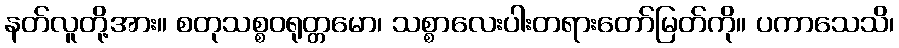
နတ်လူတို့အား။ စတုသစ္စဝရုတ္တမော၊ သစ္စာလေးပါးတရားတော်မြတ်ကို။ ပကာသေသိ၊